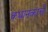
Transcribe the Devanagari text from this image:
कथानकांचे